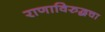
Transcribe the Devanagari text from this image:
राणाविरुद्धचा